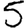
Digit: 5